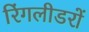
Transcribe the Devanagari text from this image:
रिंगलीडरों